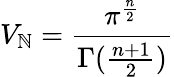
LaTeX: V_{\mathbb{N}}=\frac{{\pi^{\frac{{n}}{{2}}}}}{{\Gamma(\frac{{n+1}}{{2}})}}